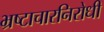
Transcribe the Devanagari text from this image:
भ्रष्टाचारनिरोधी